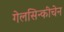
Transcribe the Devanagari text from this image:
गेलसिन्कीचेन